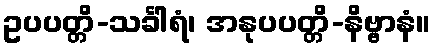
ဥပပတ္တိ-သင်္ခါရံ၊ အနုပပတ္တိ-နိဗ္ဗာနံ။